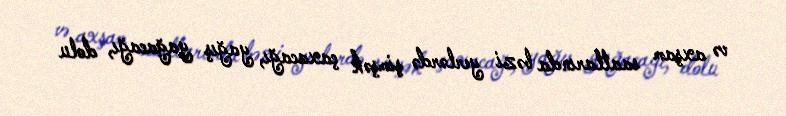
və axşam saatlarında bəzi yerlərdə şimşək çaxacağı, yağış yağacağı, dolu